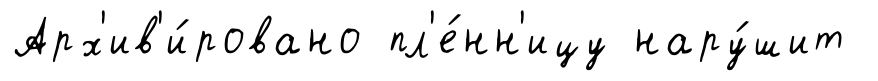
Арх'ив'и́ровано пл'е́нн'ицу нару́шит